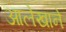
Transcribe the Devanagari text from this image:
आलेखाने